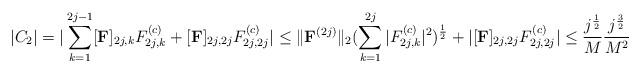
LaTeX: \begin{align*}| C_2 | =| \sum_{k=1}^{2j-1} [\bold{F}]_{2j,k} F_{2j,k}^{(c)} + [\bold{F}]_{2j,2j} F_{2j,2j}^{(c)} |\le\| \bold{F}^{(2j)}\|_{2} (\sum_{k=1}^{2j} |F_{2j,k}^{(c)} |^2 )^{\frac{1}{2}} +| [\bold{F}]_{2j,2j} F_{2j,2j}^{(c)}|\le \frac{j^{\frac{1}{2}}}{M}\frac{j^{\frac{3}{2}}}{M^2}\end{align*}